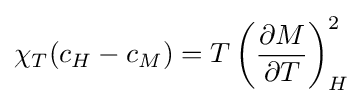
\chi _{T}(c_{H}-c_{M})=T\left({\frac {\partial M}{\partial T}}\right)_{H}^{2}